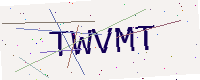
Text: TWVMT